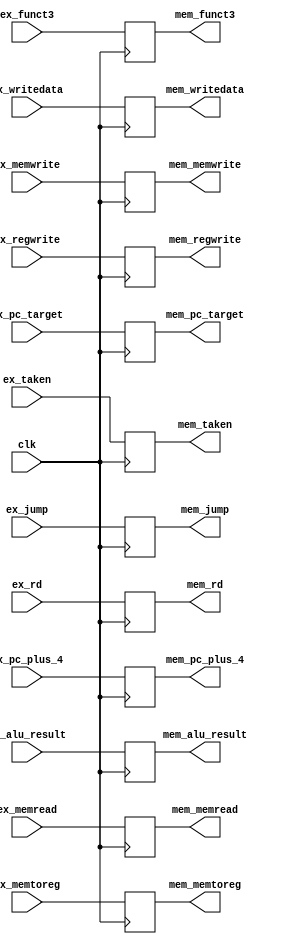
module exmem_reg #(
  parameter DATA_WIDTH = 32
)(
  // TODO: Add flush or stall signal if it is needed

  //////////////////////////////////////
  // Inputs
  //////////////////////////////////////
  input clk,

  input [DATA_WIDTH-1:0] ex_pc_plus_4,
  input [DATA_WIDTH-1:0] ex_pc_target,
  input ex_taken,

  // mem control
  input ex_memread,
  input ex_memwrite,

  // wb control
  input [1:0] ex_jump,
  input ex_memtoreg,
  input ex_regwrite,
  
  input [DATA_WIDTH-1:0] ex_alu_result,
  input [DATA_WIDTH-1:0] ex_writedata,
  input [2:0] ex_funct3,
  input [4:0] ex_rd,
  
  //////////////////////////////////////
  // Outputs
  //////////////////////////////////////
  output [DATA_WIDTH-1:0] mem_pc_plus_4,
  output [DATA_WIDTH-1:0] mem_pc_target,
  output mem_taken,

  // mem control
  output mem_memread,
  output mem_memwrite,

  // wb control
  output [1:0] mem_jump,
  output mem_memtoreg,
  output mem_regwrite,
  
  output [DATA_WIDTH-1:0] mem_alu_result,
  output [DATA_WIDTH-1:0] mem_writedata,
  output [2:0] mem_funct3,
  output [4:0] mem_rd
);

reg mem_pc_plus_4;
reg mem_pc_target;
reg mem_taken;
reg mem_jump;
reg mem_memread;
reg mem_memwrite;
reg mem_memtoreg;
reg mem_regwrite;
reg mem_funct3;
reg mem_alu_result;
reg mem_writedata;
reg mem_rd;



always @(posedge clk) begin
  mem_pc_plus_4<=ex_pc_plus_4;
  mem_pc_target<=ex_pc_target;
  mem_taken<=ex_taken;
  mem_jump<=ex_jump;
  mem_memread<=ex_memread;
  mem_memwrite<=ex_memwrite;
  mem_memtoreg<=ex_memtoreg;
  mem_regwrite<=ex_regwrite;
  mem_funct3<=ex_funct3;
  mem_alu_result<=ex_alu_result;
  mem_writedata<=ex_writedata;
  mem_rd<=ex_rd;
end

// TODO: Implement EX / MEM pipeline register module

endmodule